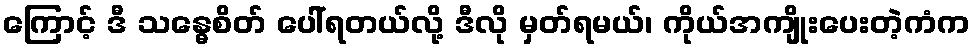
ကြောင့် ဒီ သန္ဓေစိတ် ပေါ်ရတယ်လို့ ဒီလို မှတ်ရမယ်၊ ကိုယ်အကျိုးပေးတဲ့ကံက